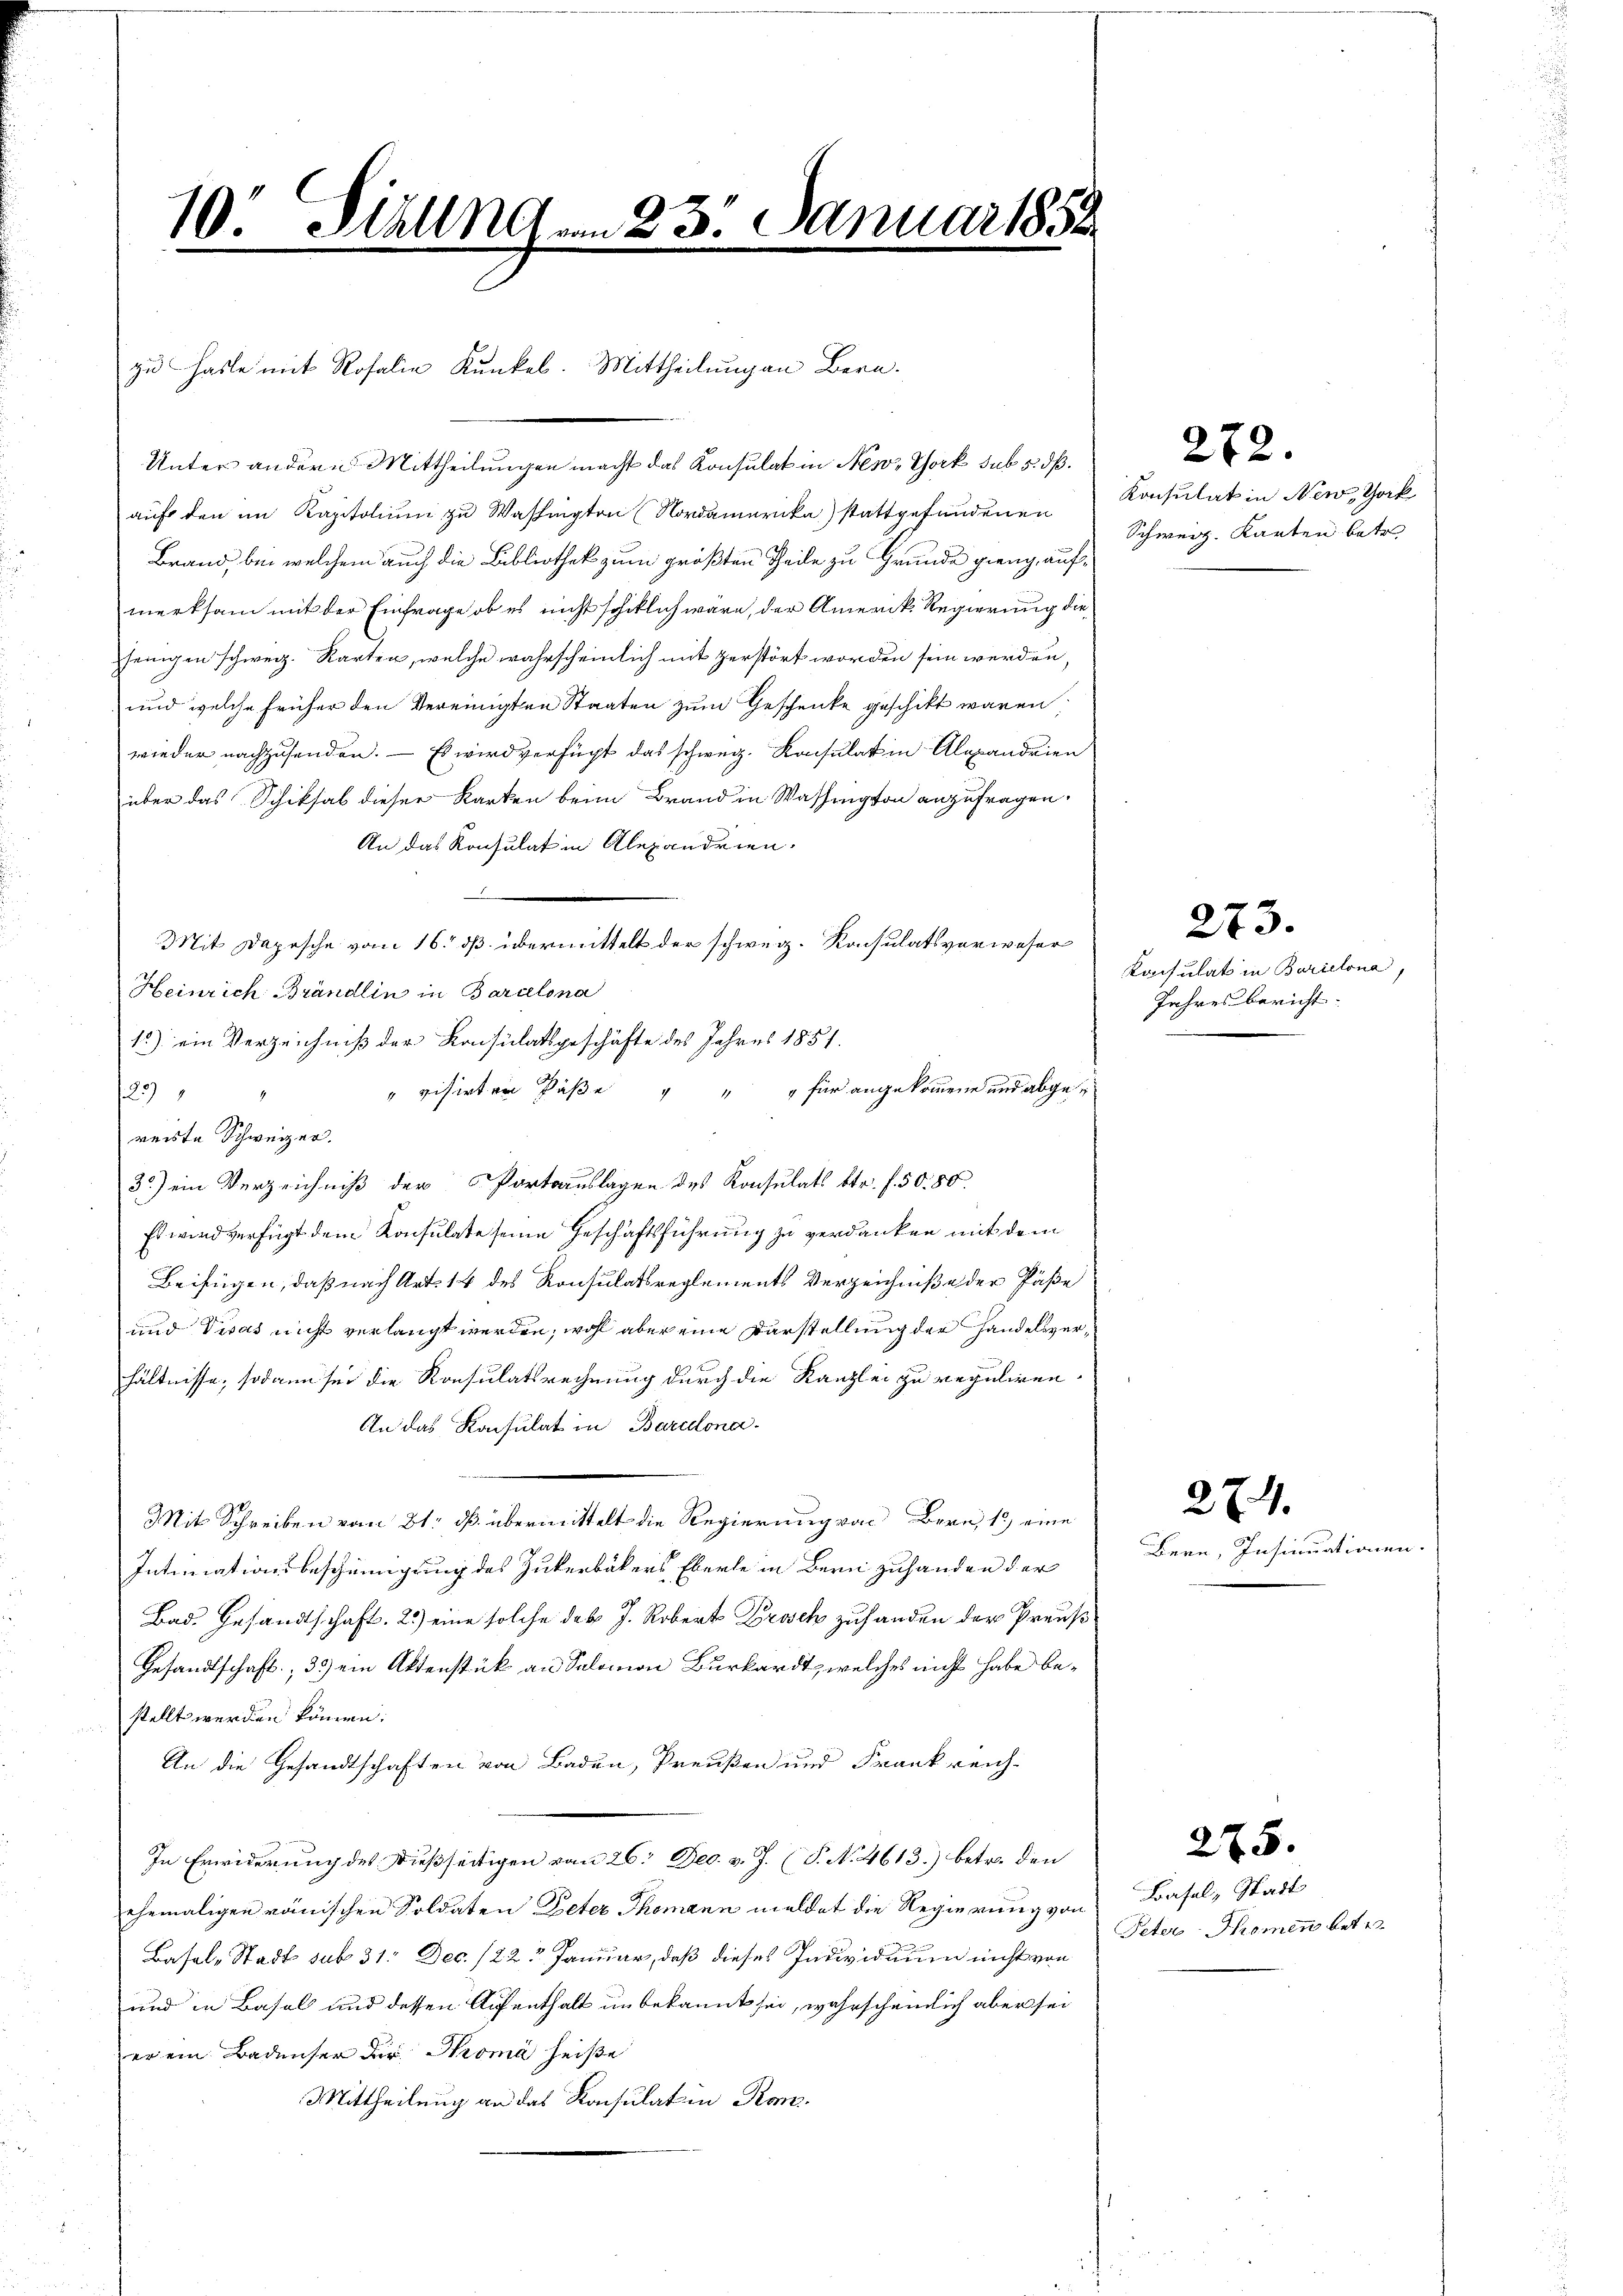
10. Ställnd am 23. Januar 185

Unter andern Mittheilungen macht das Konsulat in New York sub 5. dß.
auf den im Kapitalium zu Washingten (Nordamerika) stattgefundenen
Brand, bei welchem auch die Bibliothek zum größten Theile zu Grunde gieng, aufmerksam mit der Einfrage ob es nicht schiklich wäre, der Amerik. Regierung diejenigen schweiz. Karten, welche wahrscheinlich mit zerstört worden sein werden,
und welche früher den Vereinigten Staaten zum Geschenke geschikt waren.
wieder nachzusenden. — Es wird verfügt das schweiz. Konsulat in Alexandrien
über das Schiksal dieser Karten beim Brand in Washington anzufragen.
An das Konsulat in Alexandrien.
Heinrich Brändlin in Barcelona
1) ein Verzeichniß der Konsulatsgeschäfte des Jahres 1851.
" visirter Päße " " " für angekommene und abge¬
123)
reiste Schweizer.
3) ein Verzeichniß der Portoauslagen des Konsulats Str. f. 50. 80.
Es wird verfügt dem Konsulate seine Geschäftsführung zu verdanken mit dem
Beifügen, daß nach Art. 14 des Konsulatsreglements Verzeichniße der Päße
und Visas nicht verlangt werden, wohl aber eine Darstellung der Handelsverhältnisse, sodann sei die Konsulatsrechnung durch die Kanzlei zu reguliren.
An das Konsulat in Baredona
Mit Schreiben vom 21. dß übermittelt die Regierung von Bern, 12 eine
Intimationsbescheinigung des Zukerbäkers Eberle in Bern zuhanden der
Bad. Gesandtschaft. 2) eine solche des J. Robert Frosch zufanden der Preuß
Gesandtschaft; 3) ein Aktenstück an Salomon Burkardt, welches nicht habe bestellt werden können.
An die Gesandtschaften von Baden, Preußen und Frankreich-
In Erwiderung des Dießseitigen von 26. Dec. v. J. (T. No 4613) betre den
ehemaligen römischen Soldaten Peter Thomann meldet die Regierung von
Basel-Stadt sub 31. Dec. 122 Januar, daß dieses Individuum nicht von
und in Basel und dessen Aufenthalt unbekannt sei, wahrscheinlich aber sei
er ein Badenser der Thoma heiße
Mittheilung an das Konsulatin Kon¬

zu haste mit Rosalie Kunkel. Mittheilungen Bern.

Mit Depesche vom 16. ds. übermittelt der schweiz. Konsulatsverweser

272.

Konsulat in New York
Schweiz. Karten betr.

Konsulat in Boriclona,
Jahresbericht.

273.

Bern, Insinuationen

274.

Basel, Stadt
Peter Thromen betr.

275.